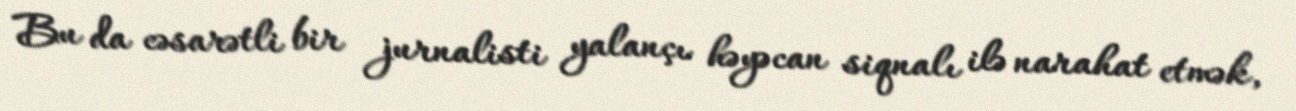
Bu da cəsarətli bir jurnalisti yalançı həyəcan siqnalı ilə narahat etmək,